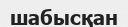
шабысқан